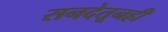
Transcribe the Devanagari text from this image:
सनदेतूनही